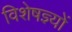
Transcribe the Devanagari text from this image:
विशेषज्ञ्यों